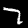
Digit: 7